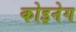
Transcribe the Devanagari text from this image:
कोइनेग